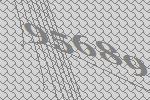
95689